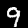
Digit: 9